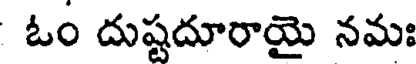
ఓం దుష్టదూరాయై నమః